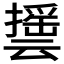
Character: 𰔵